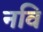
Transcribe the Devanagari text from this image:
नवि